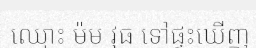
ឈ្មោះ ម៉ម វុធ ទៅផ្ទះឃើញ